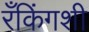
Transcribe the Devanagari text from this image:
रँकिंगशी